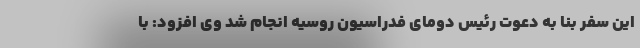
این سفر بنا به دعوت رئیس دومای فدراسیون روسیه انجام شد وی افزود: با